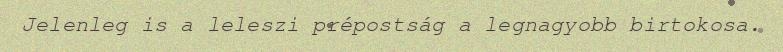
Jelenleg is a leleszi prépostság a legnagyobb birtokosa.